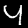
Digit: 4